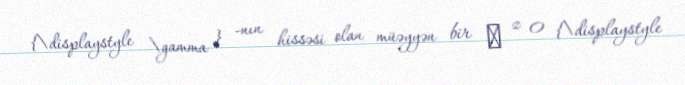
{\displaystyle \gamma } -nın hissəsi olan müəyyən bir γ z 0 {\displaystyle